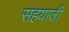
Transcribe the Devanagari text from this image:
सहयाजी